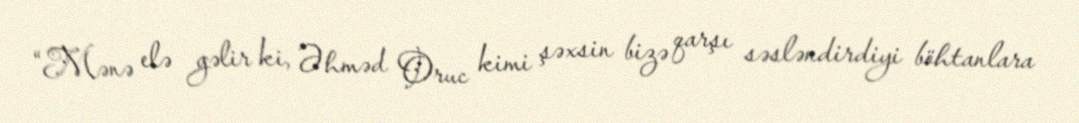
“Mənə elə gəlir ki, Əhməd Oruc kimi şəxsin bizə qarşı səsləndirdiyi böhtanlara